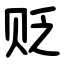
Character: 贬